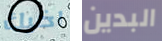
اخيك البدين